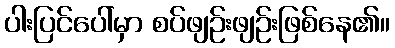
ပါးပြင်ပေါ်မှာ စပ်ဖျဉ်းဖျဉ်းဖြစ်နေ၏။